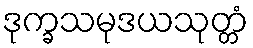
ဒုက္ခသမုဒယသုတ္တံ